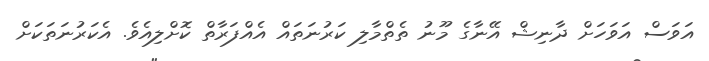
އަވަސް އަވަހަށް ދާނިޝް އޭނާގެ މޫނު ތެތްމާލި ކަރުނަތައް އެއްފަރާތް ކޮށްލިއެވެ. އެކަރުނަތަކަށް